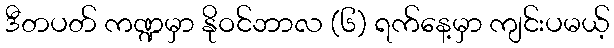
ဒီတပတ် ကဏ္ဍမှာ နိုဝင်ဘာလ (၆) ရက်နေ့မှာ ကျင်းပမယ့်